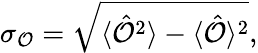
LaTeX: \sigma_{\mathcal{O}}={\sqrt{\langle{\hat{\mathcal{O}}}^{2}\rangle-\langle{\hat{\mathcal{O}}}\rangle^{2}}},